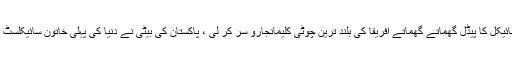
ضلع دیر کی 27 سالہ ثمر نے سائیکل کا پیڈل گھماتے گھماتے افریقا کی بلند ترین چوٹی کلیمانجارو سر کر لی ، پاکستان کی بیٹی نے دنیا کی پہلی خاتون سائیکلسٹ ہونے کا اعزاز بھی حاصل کرلیا۔